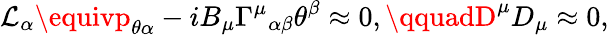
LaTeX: \mathcal{L}_{\alpha}\equivp_{\theta\alpha}-iB_{\mu}{\Gamma^{\mu}}_{\alpha\beta}\theta^{\beta}\approx0,\qquadD^{\mu}D_{\mu}\approx0,